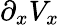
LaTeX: \partial_{x}V_{x}